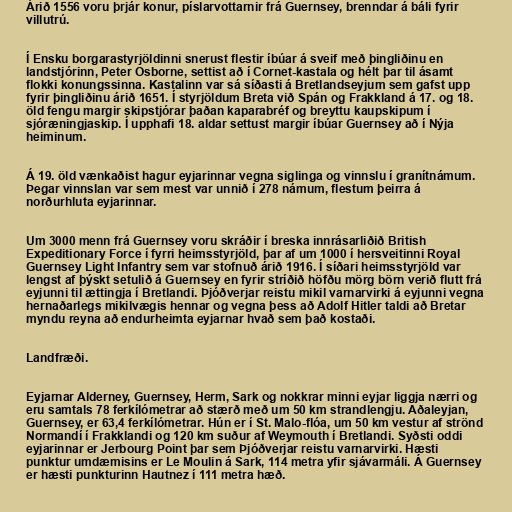
Árið 1556 voru þrjár konur, píslarvottarnir frá Guernsey, brenndar á báli fyrir
villutrú.

Í Ensku borgarastyrjöldinni snerust flestir íbúar á sveif með þingliðinu en
landstjórinn, Peter Osborne, settist að í Cornet-kastala og hélt þar til ásamt
flokki konungssinna. Kastalinn var sá síðasti á Bretlandseyjum sem gafst upp
fyrir þingliðinu árið 1651. Í styrjöldum Breta við Spán og Frakkland á 17. og 18.
öld fengu margir skipstjórar þaðan kaparabréf og breyttu kaupskipum í
sjóræningjaskip. Í upphafi 18. aldar settust margir íbúar Guernsey að í Nýja
heiminum.

Á 19. öld vænkaðist hagur eyjarinnar vegna siglinga og vinnslu í granítnámum.
Þegar vinnslan var sem mest var unnið í 278 námum, flestum þeirra á
norðurhluta eyjarinnar.

Um 3000 menn frá Guernsey voru skráðir í breska innrásarliðið British
Expeditionary Force í fyrri heimsstyrjöld, þar af um 1000 í hersveitinni Royal
Guernsey Light Infantry sem var stofnuð árið 1916. Í síðari heimsstyrjöld var
lengst af þýskt setulið á Guernsey en fyrir stríðið höfðu mörg börn verið flutt frá
eyjunni til ættingja í Bretlandi. Þjóðverjar reistu mikil varnarvirki á eyjunni vegna
hernaðarlegs mikilvægis hennar og vegna þess að Adolf Hitler taldi að Bretar
myndu reyna að endurheimta eyjarnar hvað sem það kostaði.

Landfræði.

Eyjarnar Alderney, Guernsey, Herm, Sark og nokkrar minni eyjar liggja nærri og
eru samtals 78 ferkílómetrar að stærð með um 50 km strandlengju. Aðaleyjan,
Guernsey, er 63,4 ferkílómetrar. Hún er í St. Malo-flóa, um 50 km vestur af strönd
Normandí í Frakklandi og 120 km suður af Weymouth í Bretlandi. Syðsti oddi
eyjarinnar er Jerbourg Point þar sem Þjóðverjar reistu varnarvirki. Hæsti
punktur umdæmisins er Le Moulin á Sark, 114 metra yfir sjávarmáli. Á Guernsey
er hæsti punkturinn Hautnez í 111 metra hæð.